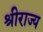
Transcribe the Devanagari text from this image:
श्रीराज्य